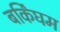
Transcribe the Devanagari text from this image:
बर्किंघम